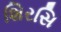
શિરસિ